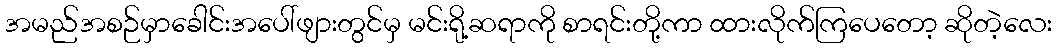
အမည်အစဉ်မှာခေါင်းအပေါ်ဖျားတွင်မှ မင်းရို့ဆရာကို စာရင်းတို့ကာ ထားလိုက်ကြပေတော့ ဆိုတဲ့လေး